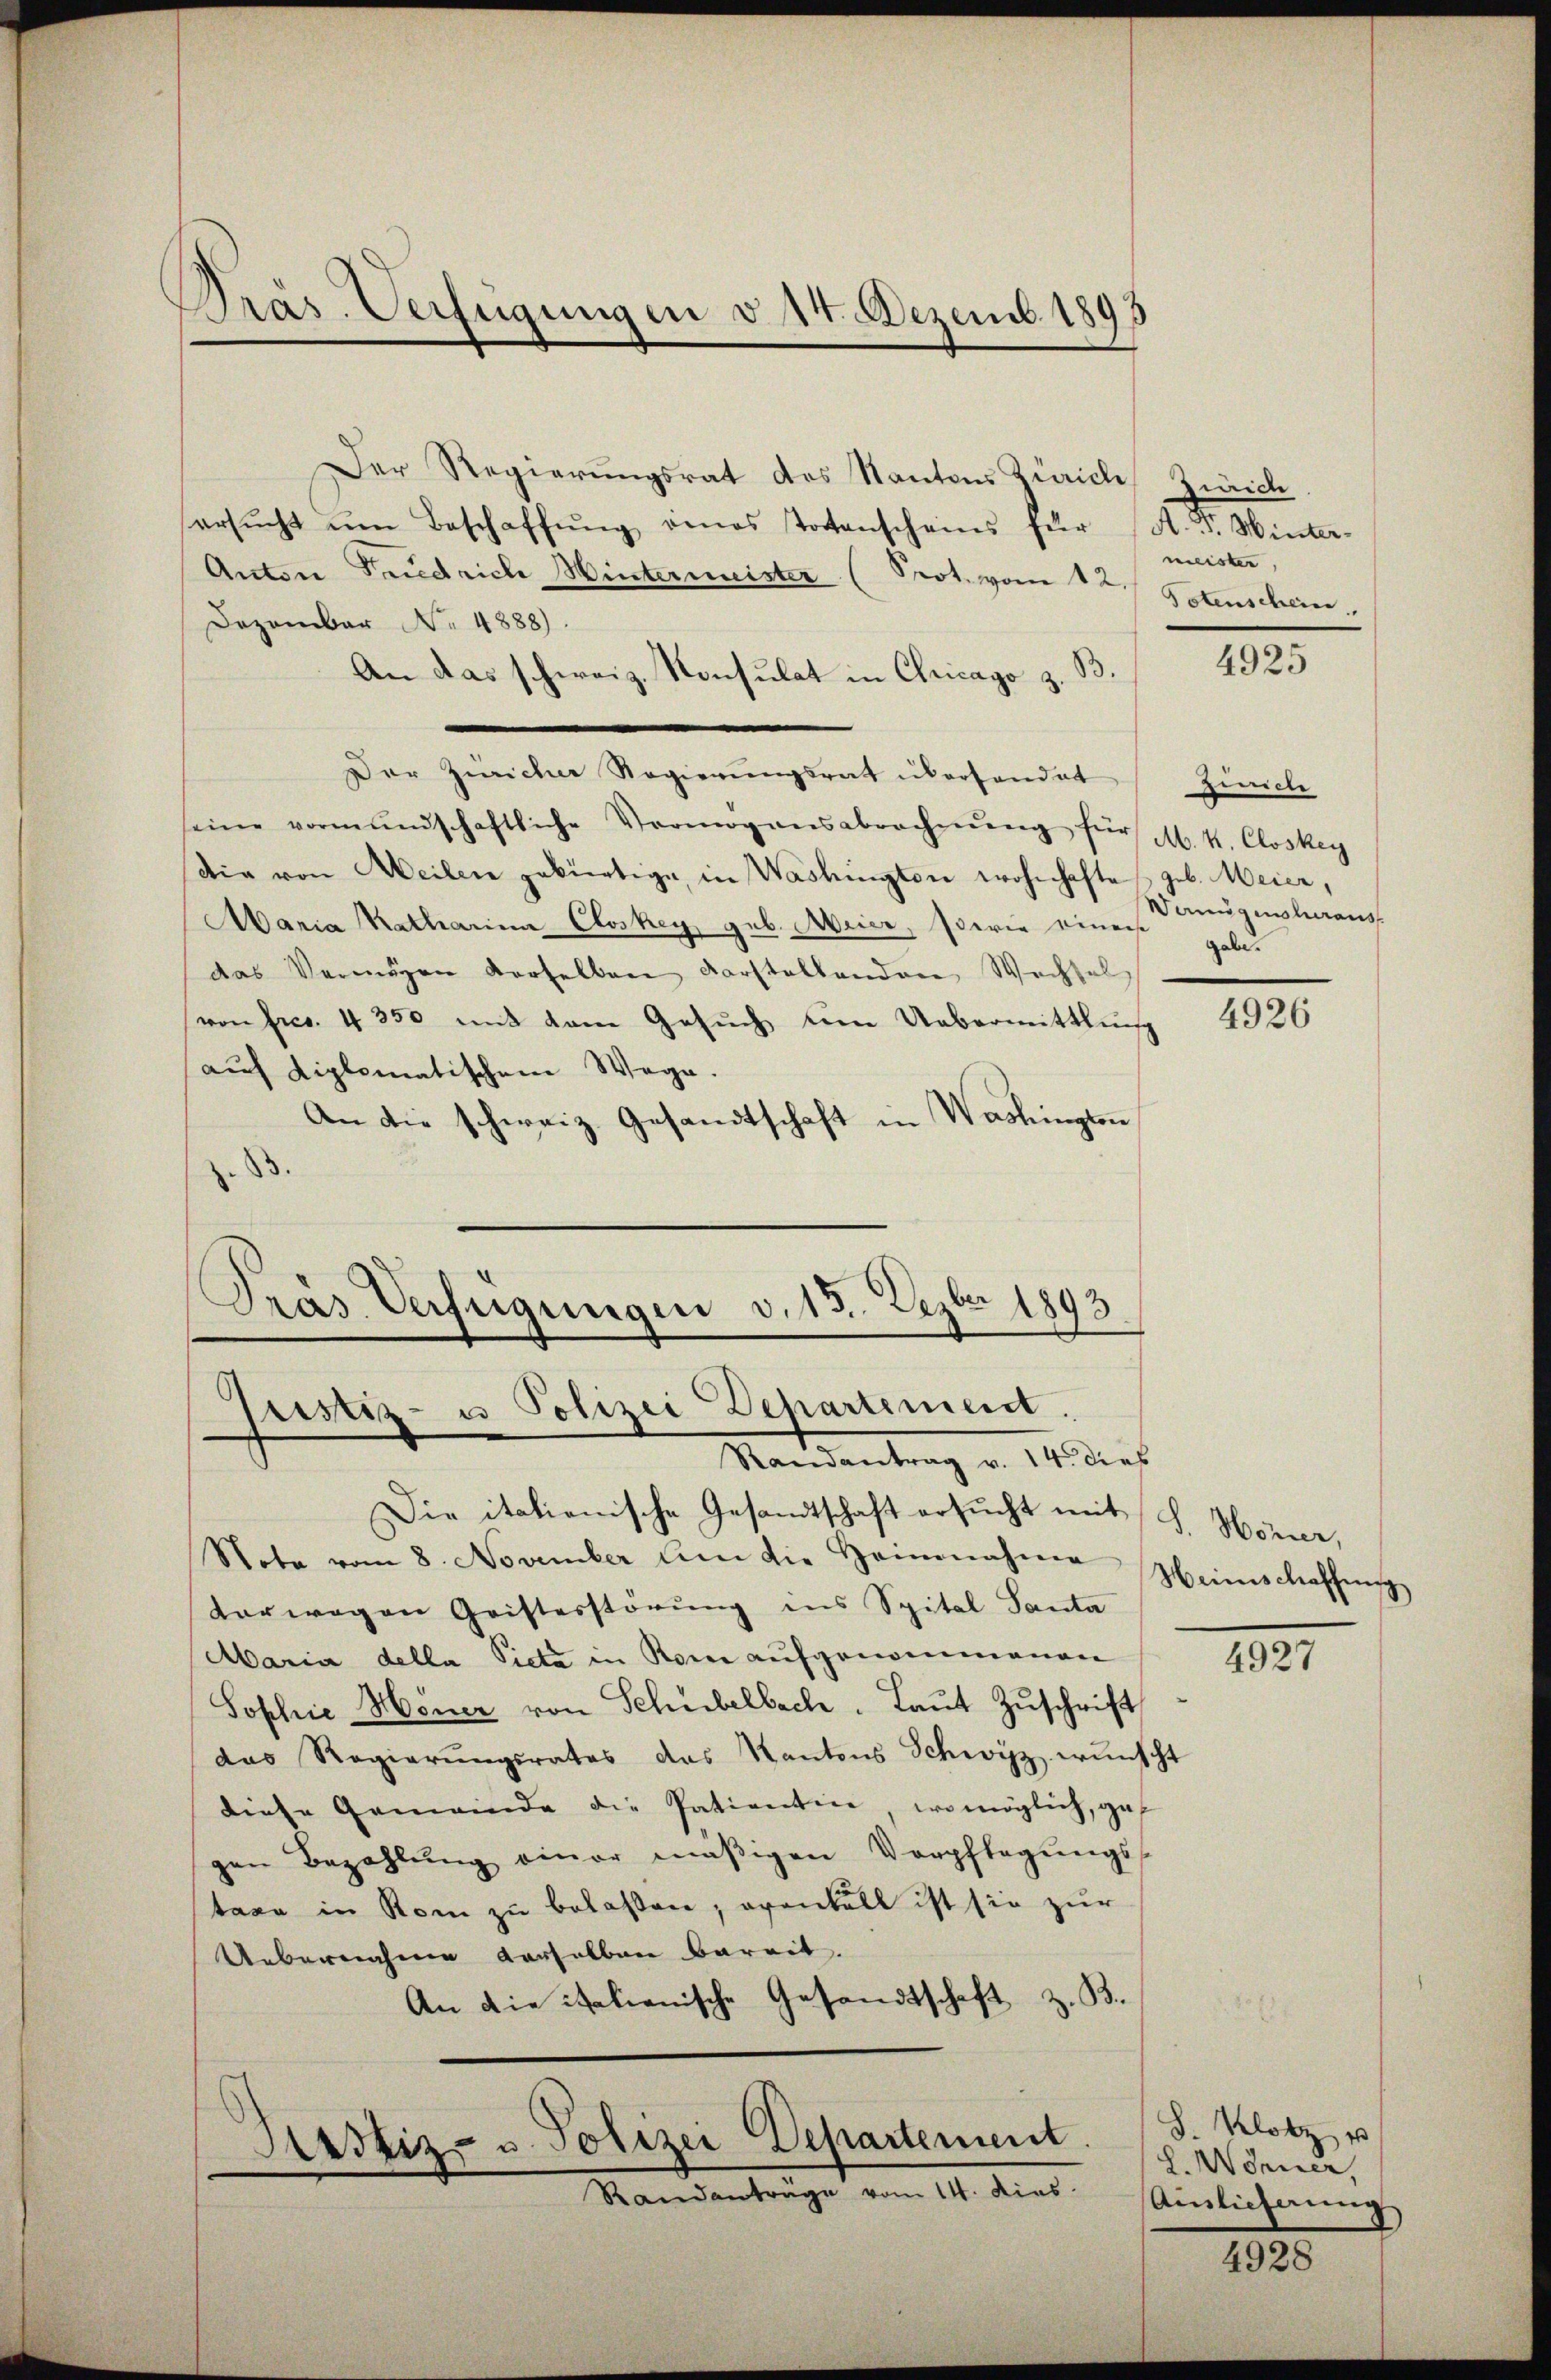
Präs. Verfügungen d. 14. Dezemb. 189

Der Regierungsrat des Kantons Zürich Zürich.
ersŭcht ŭm Beschaffŭng eines Totenscheins für A. v. Winter-
Anton Friedrich Wintermeister (Prot. vom 12. Petenscheine
Dezember No. 4888).
An das schweiz. Konsulat in Chicago z. B.
Der Züricher Regierungsrat überhandet
seine vormundschaftliche Vermögensabrechnŭng für M. V. Closkey
die von Weilen gebürtige, in Washington wohnhafte geb. Meier,
Maria Katharina Closkey geb. Meier, sowie einerst
das Vermögen derselben darstellenden Wechsel
von Fres. 4 350 mit dem Gesŭch um Uebermittlung
auf diplomatischem Wege.
An die schweiz. Gesandtschaft in Washingten
.
Präs. Verfügungen v. 13. Dezbr 1893

Justiz- u Polizei Departement.
Randantrag v. 14. dies

Arstiz- u. Polizei Departement.
Randanträge vom 14. dies

Die italienische Gesandtschaft ersucht mit S. Hörner,
Note vom 8. November den die Heinnahme Weinschaffung
vorwegen Gristerstörung ins Spital Santa
Maria della Picta in Rome aufgenommenen
Sophie Hener von Schübelbach. Laut Zuschrift
das Regierŭngsrates das Kantons Schwyz wünscht
diese Gemeinde die Patientin, womöglich, gegen Bezahlŭng einer mäßigen Verpflegŭngs-
tare in Rom zu belaßen, eventall ist sie zur
Uebernahme derselben bereit.
An die italienische Gesandtschaft z. B.

meister

4925

Zürich
Wanigensteraus
gaben.

4926

4927

S. Klotz u
L. Wörner,
Auslicherung

4928